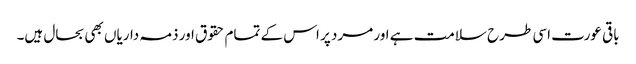
باقی عورت اسی طرح سلامت ہے اور مرد پر اس کے تمام حقوق اور ذمہ داریاں بھی بحال ہیں۔